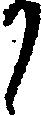
か